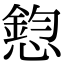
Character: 憌